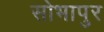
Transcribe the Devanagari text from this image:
सोभापुर